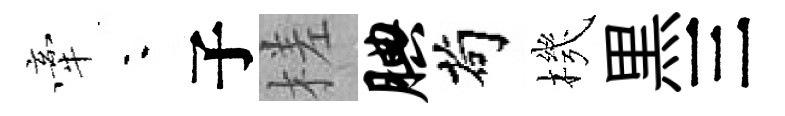
牽夜子槎腆茍機黒三